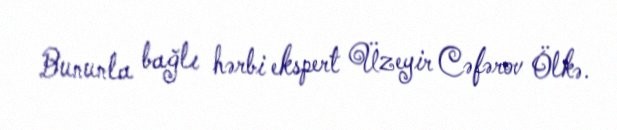
Bununla bağlı hərbi ekspert Üzeyir Cəfərov Ölkə.